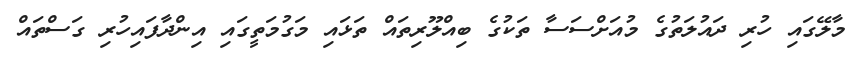
މާލޭގައި ހުރި ދައުލަތުގެ މުއަށްސަސާ ތަކުގެ ބިއްލޫރިތައް ތަޅައި މަގުމަތީގައި އިންދާފައިހުރި ގަސްތައް